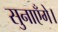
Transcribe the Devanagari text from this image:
सुनाएँगे।